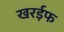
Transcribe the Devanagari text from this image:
खरईफ